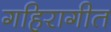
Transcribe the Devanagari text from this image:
गहिरागीत